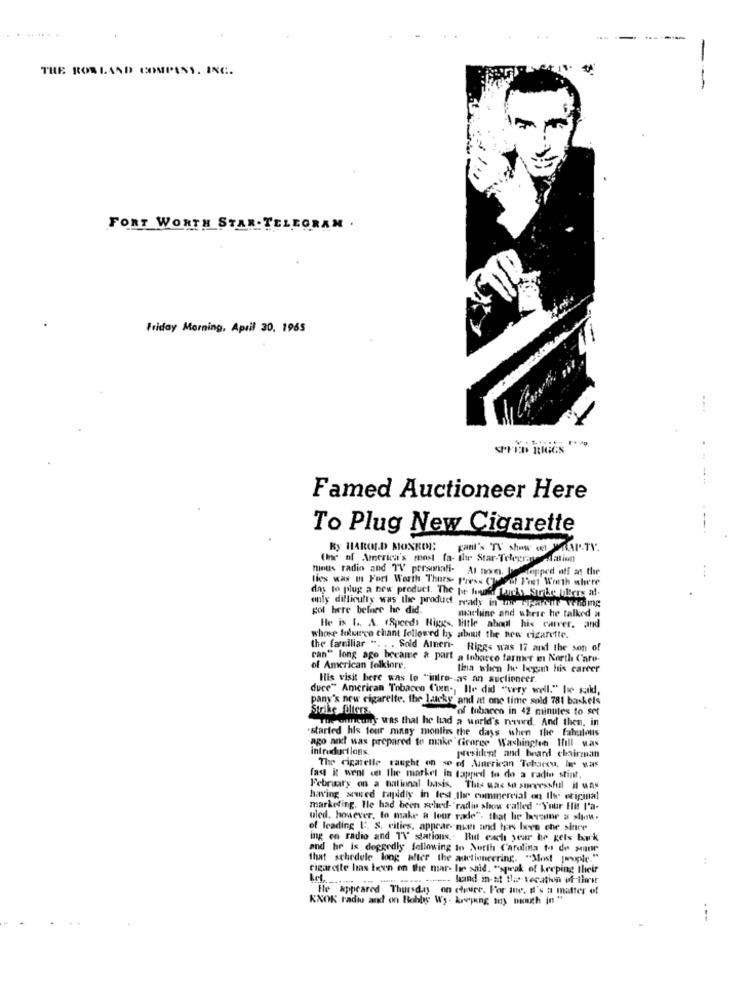
-
THE ROWLAND COMPANY. INC.
-
FORT WORTH STAR- TELEGRAM .
Friday Morning, April 30, 1965
SPEED JONES "".
Famed Auctioneer Here
To Plug New Cigarette
By HAROLD MONROE:
gant's TV show on PARTY.
(Ine of America's most fa- the Star-Telegrasedation
mious radin and TV' personali-
Al noon, bisstopped aff at the
lies was m Fort Worth Thurs- Press Closest Fiet Worth where
day to plug a new product. The pe lower Lands Surbe ulers al.
only difficulty was the product ready in a wifeartne vending
gol here before he did.
machine and where he talked a
He is 1 .. A. (Speeds Riggs, little about his carver. and
whose foluevo chant followed by about the new cigarette.
the familiar " .. . Sold Ainen- Ripgs was 17 and the son of
can" long ago became & part a tobcirco farmer in North C'aro-
of American folklore,
lina when he began his career
His visit here was to "intro- as an auctioneer.
duce" American Tobacco (ixen -, Ile did "very well." he said,
pany's new cigarette. the Lucky and at one time sold 781 bankels
Strike filters.
of tobacco in 42 minutes to set
The oneuny was that he had a world's newd. And then, in
started his tour many moulins the days when the fabulous
ago and was prepared to make Cicoree Washingten Ifill vas
introduct lans.
president and beard chairman
The cigarelle caught on so of American Teturco, It was
fas it went c the market in tapped to do a radio stint.
February on a national basis. This was so successful il was
having sured rapidly in test Ile commercial en Ile original
marketing. He had been seled-"radio show called "Your Hit l'a-
uled. however, to make a lour rade". that he lavaine a slow.
of leading [. S. cities, appear- man and ters hees che since
ing en radio and TV stations- But each year he gets hak
and he is doggedly following in North Carolina to de sane
that schedule long after the auctioneering. "Most people."
cigarette lias teen on the mar- ler said. "sprak of keeping their
................ ...... ----- land in-at tle tecation of their
He appeared Thursday on choice. For inc. It's a matter of
KNOK radiu and on Hobbys Wy- keeping my mouth in "
---